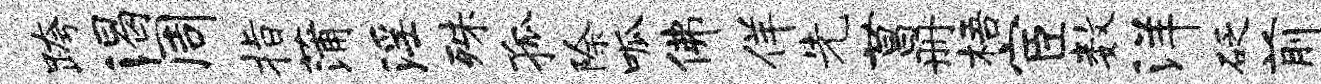
跨渴周指蒲淫殊孤除呱佛佯先菖册梧宦数洋砭前